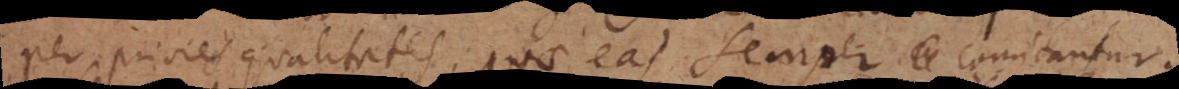
per priores qualitates, quae eas semper comitantur.